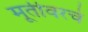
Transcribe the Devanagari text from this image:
मूर्तीवरचे